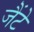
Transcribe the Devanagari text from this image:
जैंटे